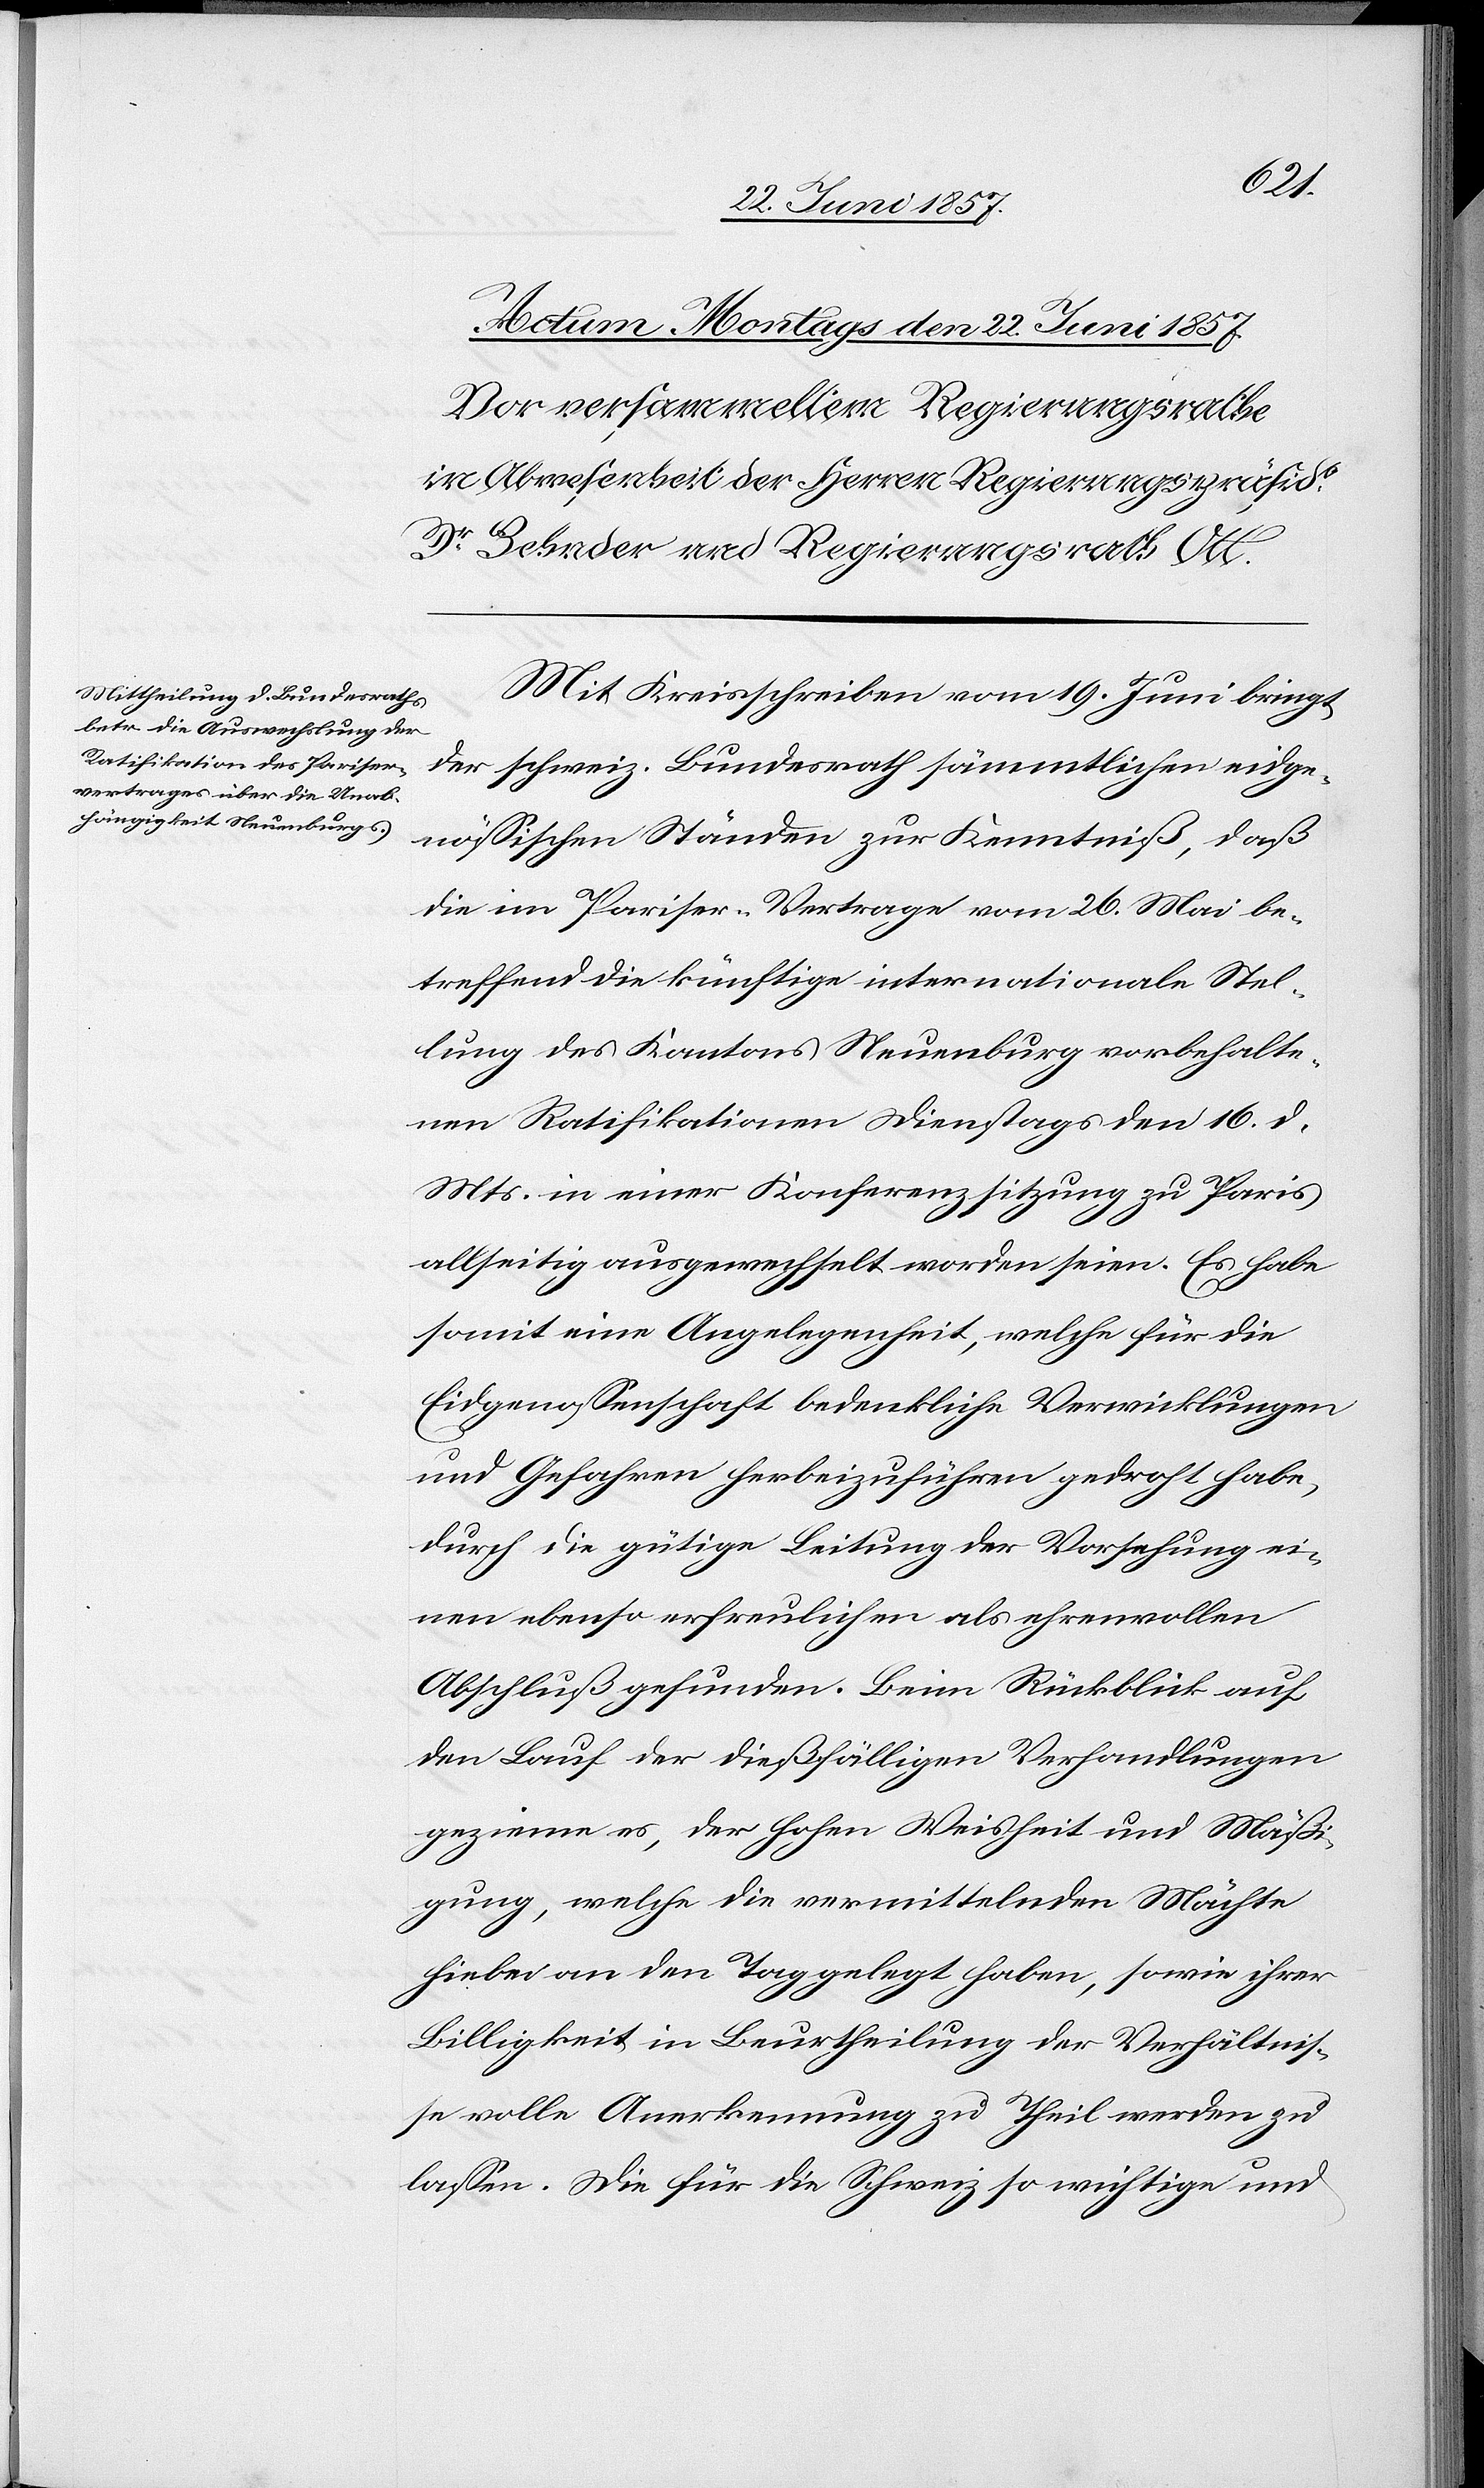
Mit Kreisschreiben vom 19 Juni bringt
der schweiz. Bundesrath sämmtlichen eidge¬
nössischen Ständen zur Kenntniß, daß
die im Pariser-Vertrage vom 26 Mai be¬
treffend die künftige internationale Stel¬
lung des Kantons Neuenburg vorbehalte¬
nen Ratifikationen Dienstags den 16 d.
Mts. in einer Konferenzsitzung zu Paris
allseitig ausgewechslet worden seien. Es habe
somit eine Angelegenheit, welche für die
Eidgenossenschaft bedenkliche Verwicklungen
und Gefahren herbeizuführen gedroht habe,
durch die gütige Leitung der Vorsehung ei¬
nen ebenso erfreulichen als ehrenvollen
Abschluß gefunden. Beim Rückblick auf
den Lauf der dießfälligen Verhandlungen
gezieme es, der hohen Weisheit und Mäßi¬
gung, welche die vermittelnden Mächte
hiebei an den Tag gelegt haben, sowie ihrer
Billigkeit in Beurtheilung der Verhältnis¬
se volle Anerkennung zu Theil werden zu
lassen. Die für die Schweiz so wichtige und